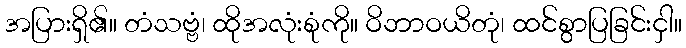
အပြားရှိ၏။ တံသဗ္ဗံ၊ ထိုအလုံးစုံကို။ ဝိဘာဝယိတုံ၊ ထင်စွာပြခြင်းငှါ။